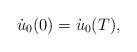
LaTeX: \begin{align*} \dot{u}_0(0) = \dot{u}_0(T), \end{align*}